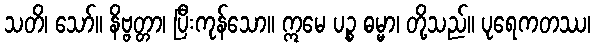
သတိ၊ သော်။ နိဗ္ဗတ္တာ၊ ပြီးကုန်သော။ ဣမေ ပဉ္စ ဓမ္မာ၊ တို့သည်။ ပုရေကတဿ၊